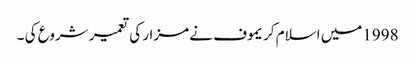
1998میں اسلام کریموف نے مزار کی تعمیر شروع کی ۔